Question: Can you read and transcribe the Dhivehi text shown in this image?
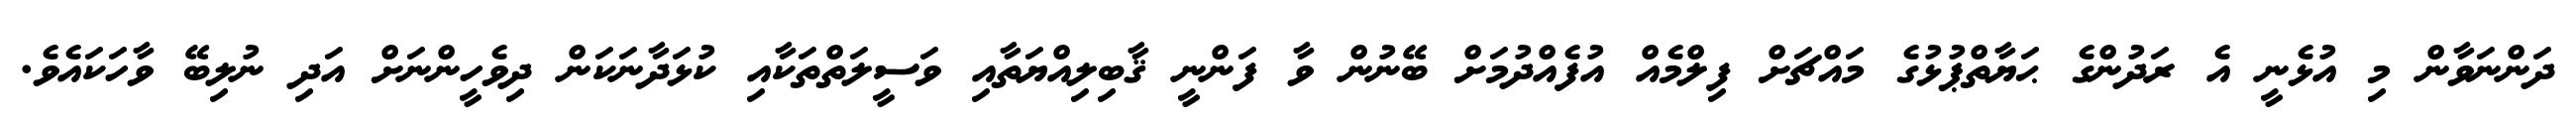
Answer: ދަންނަވާން މި އުޅެނީ އެ ރަދުންގެ ޙަޔާތްޕުޅުގެ މައްޗަށް ފިލްމެއް އުފެއްދުމަށް ބޭނުން ވާ ފަންނީ ޤާބިލިއްޔަތާއި ވަސީލަތްތަކާއި ކުޅަދާނަކަން ދިވެހީންނަށް އަދި ނުލިބޭ ވާހަކައެވެ.